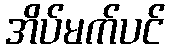
အိပ်မက်ပင်